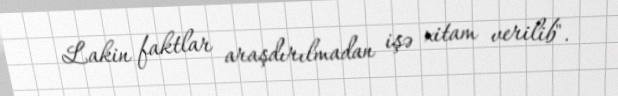
Lakin faktlar araşdırılmadan işə xitam verilib".